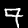
Digit: 7